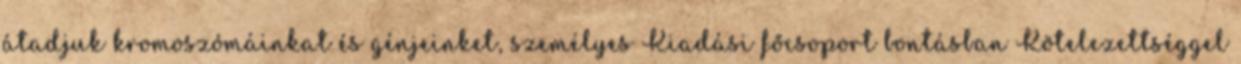
átadjuk kromoszómáinkat és génjeinket, személyes Kiadási főcsoport bontásban Kötelezettséggel